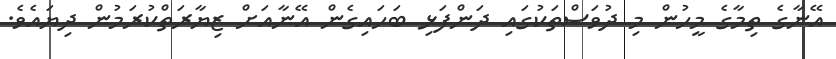
އޭނާގެ ތިމާގެ މީހުން މި ދުވަސްތަކުގައި ދަންފަޅި ބަހައިގެން އޭނާއަށް ޒިޔާރަތްކުރަމުން ދިޔައެވެ.